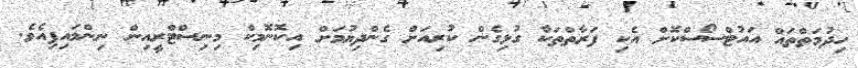
ހިދުމަތްތައް އައުޓްސޯސްކޮށް އެކި ފަރާތްތަކާ ގުޅިގެން ކުރިއަށް ގެންދިޔުމަށް އިކޮނޮމިކް މިނިސްޓްރީއިން ނިންމައިފިއެވެ.